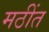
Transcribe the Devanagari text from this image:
मठींत